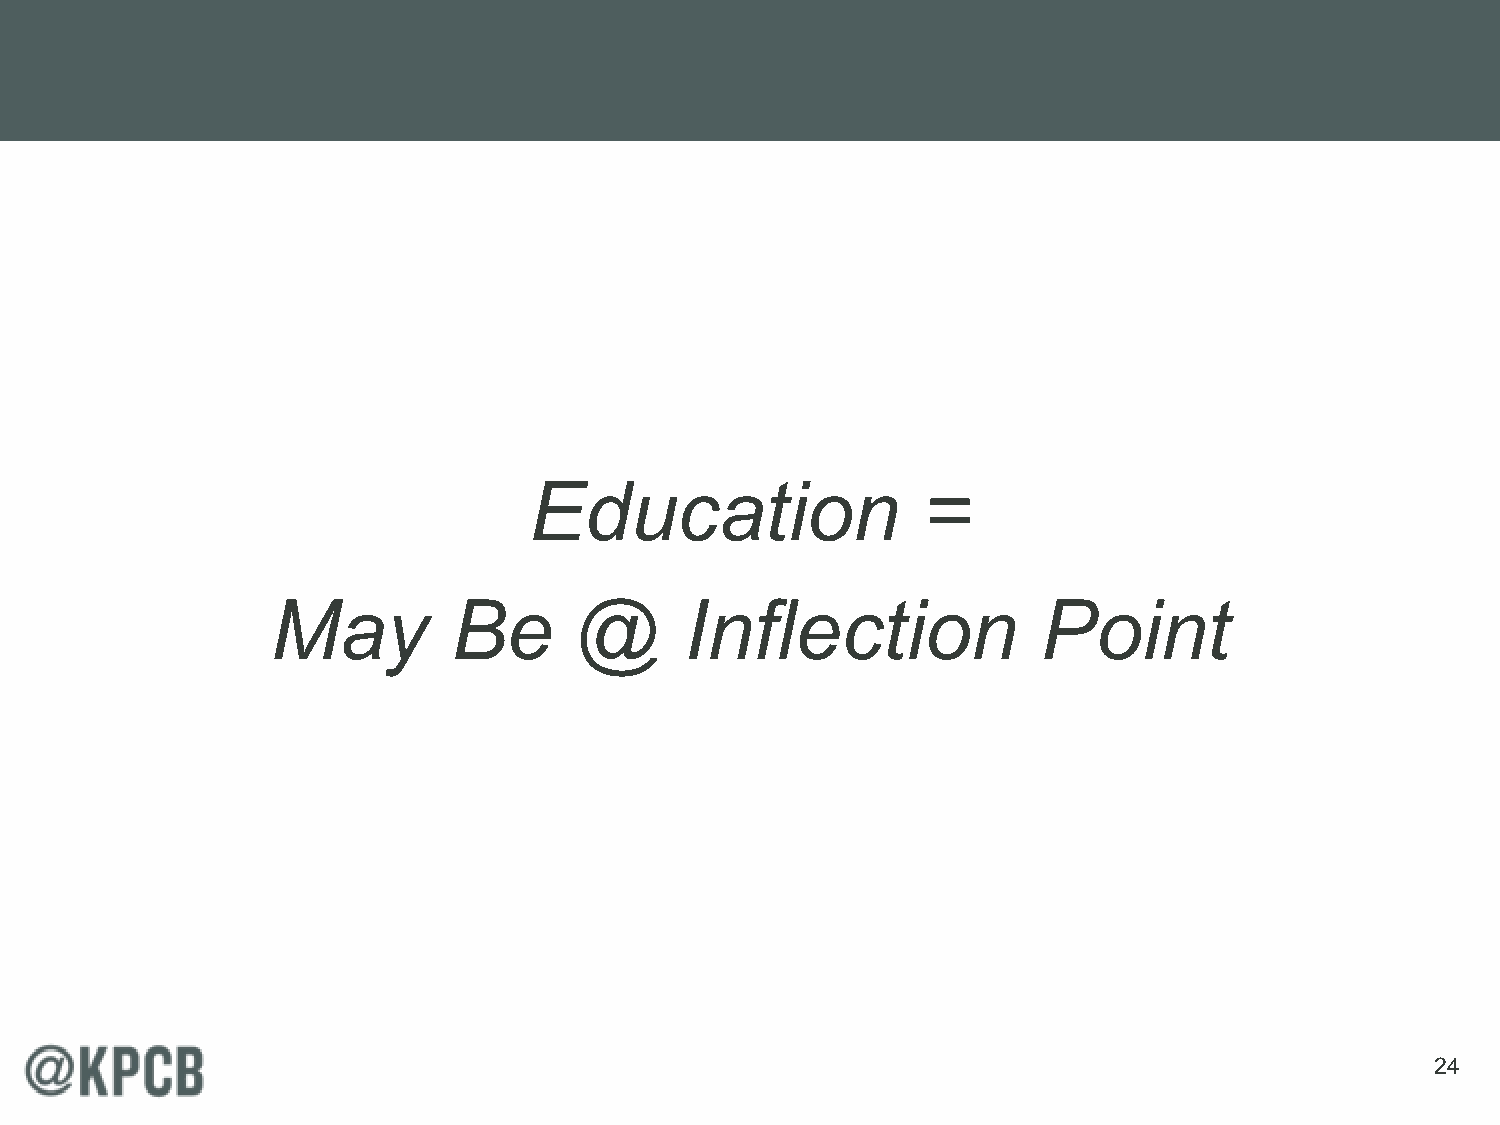
Education                 =
 May         Be      @      Inflection              Point
 24